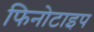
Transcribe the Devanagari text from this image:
फिनोटाइप